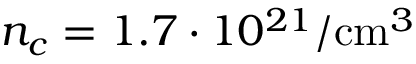
n _ { c } = 1 . 7 \cdot 1 0 ^ { 2 1 } / \mathrm { c m } ^ { 3 }